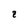
Character: z